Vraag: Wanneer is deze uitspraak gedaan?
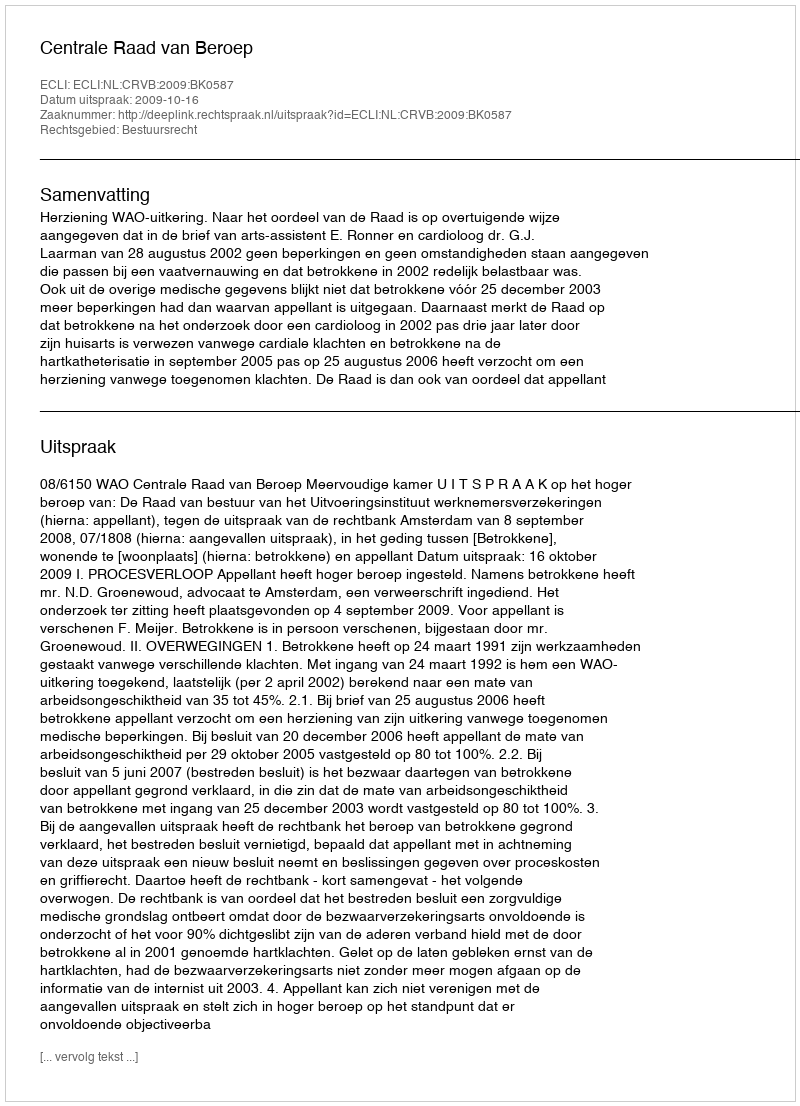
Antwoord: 2009-10-16